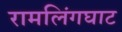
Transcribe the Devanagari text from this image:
रामलिंगघाट